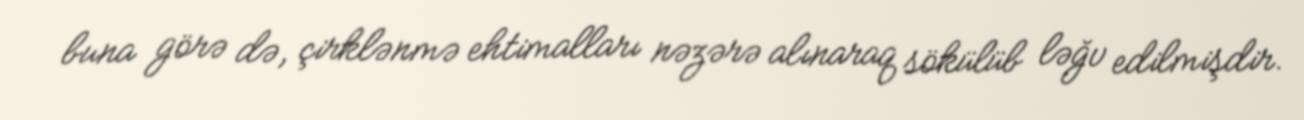
buna görə də, çirklənmə ehtimalları nəzərə alınaraq sökülüb ləğv edilmişdir.